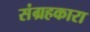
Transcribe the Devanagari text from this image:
संग्रहकारा